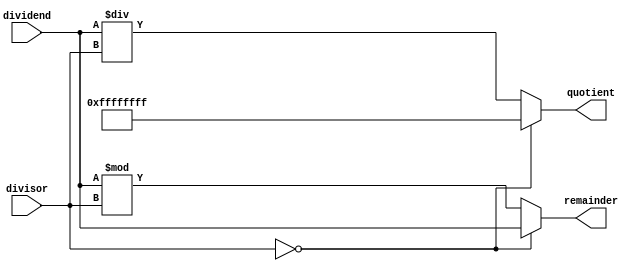
module async_divider (
    input wire [31:0] dividend,
    input wire [31:0] divisor,
    output reg [31:0] quotient,
    output reg [31:0] remainder
);

always @* begin
    if (divisor == 0) begin
        quotient <= 32'hFFFFFFFF; // handle division by zero
        remainder <= dividend;
    end 
    else begin
        quotient <= dividend / divisor;
        remainder <= dividend % divisor;
    end
end

endmodule